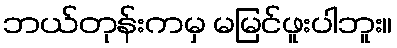
ဘယ်တုန်းကမှ မမြင်ဖူးပါဘူး။